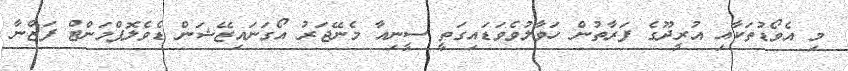
މި އެވޯޑުތަކާއި އުރީދޫގެ ފަރާތުން ހަވާލުވެވަޑައިގަތީ ސީނިއާ މެނޭޖަރު އޯގަނައިޒޭޝަން ޑެވެލޮޕްމަންޓް ފަޒްނާ